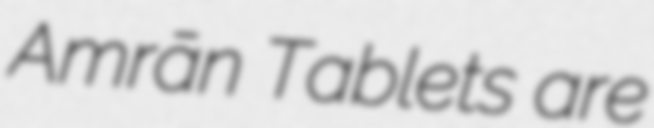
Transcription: ʿAmrān Tablets are